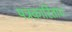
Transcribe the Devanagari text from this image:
पत्रकारिताच